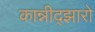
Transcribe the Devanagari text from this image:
कान्नीद्झारो